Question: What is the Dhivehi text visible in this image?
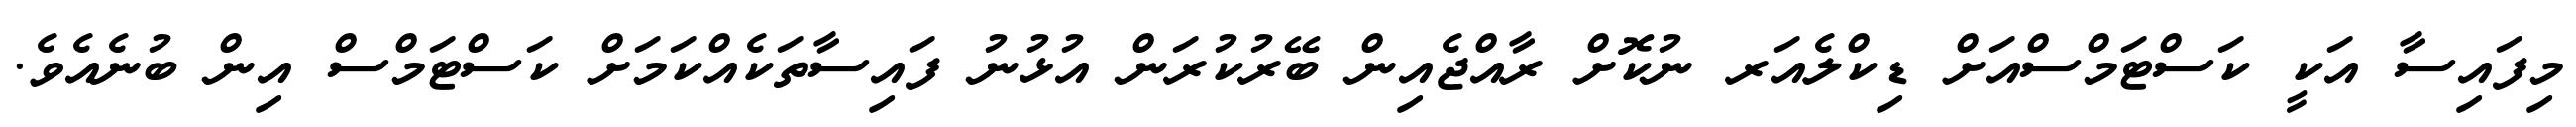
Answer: މިފައިސާ އަކީ ކަސްޓަމްސްއަށް ޑިކްލެއަރ ނުކޮށް ރާއްޖެއިން ބޭރުކުރަން އުޅުނު ފައިސާތަކެއްކަމަށް ކަސްޓަމްސް އިން ބުނެއެވެ.